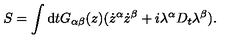
S = \int \mathrm { d } t G _ { \alpha \beta } ( z ) ( \dot { z } ^ { \alpha } \dot { z } ^ { \beta } + i \lambda ^ { \alpha } D _ { t } \lambda ^ { \beta } ) .